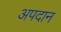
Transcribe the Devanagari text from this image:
अपदान